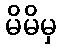
မိမိမှ